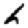
Digit: 6